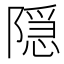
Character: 隠